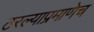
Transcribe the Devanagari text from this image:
ठरल्याप्रमाणेच